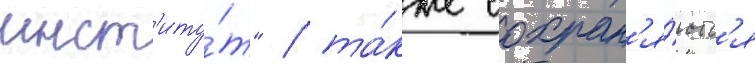
инст'иту́т" / та́кже сохран'я́ютс'я